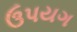
ઉપયગ